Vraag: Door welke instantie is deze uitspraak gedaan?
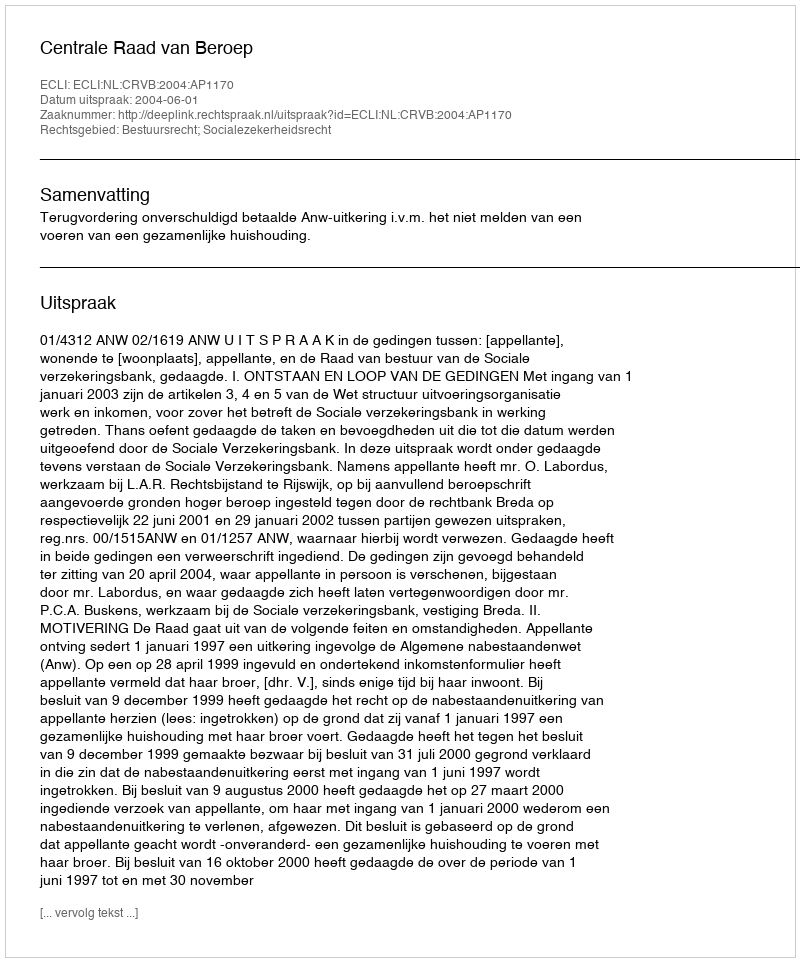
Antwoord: Centrale Raad van Beroep